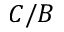
C / B